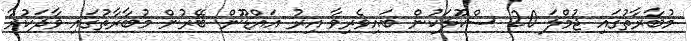
މުބާރާތުގައި ޖުމްލަ 20 ސްކޫލަކުން ބައިވެރިވާ އިރު އައްޑޫން ބޭރުން މުބާރާތުގައި ވާދަކުރާ